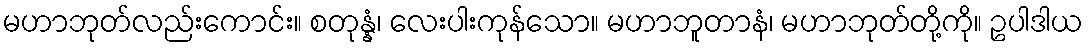
မဟာဘုတ်လည်းကောင်း။ စတုန္နံ၊ လေးပါးကုန်သော။ မဟာဘူတာနံ၊ မဟာဘုတ်တို့ကို။ ဥပါဒါယ